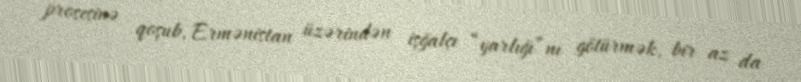
prosesinə qoşub, Ermənistan üzərindən işğalçı “yarlığı”nı götürmək, bir az da